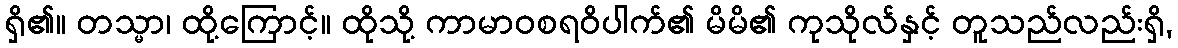
ရှိ၏။ တသ္မာ၊ ထို့ကြောင့်။ ထိုသို့ ကာမာဝစရဝိပါက်၏ မိမိ၏ ကုသိုလ်နှင့် တူသည်လည်းရှိ,